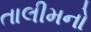
તાલીમનો